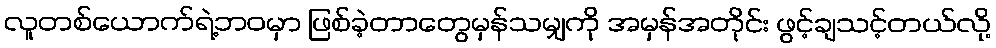
လူတစ်ယောက်ရဲ့ဘဝမှာ ဖြစ်ခဲ့တာတွေမှန်သမျှကို အမှန်အတိုင်း ဖွင့်ချသင့်တယ်လို့